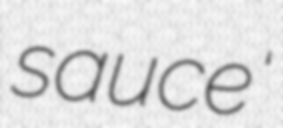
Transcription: sauce'